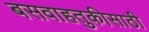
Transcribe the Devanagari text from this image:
बसवाहतुकीसाठी